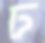
ঢ